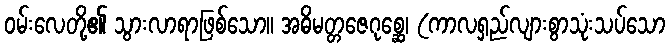
ဝမ်းလေတို့၏ သွားလာရာဖြစ်သော။ အဓိမတ္တဇေဂုစ္ဆေ၊ (ကာလရှည်လျားစွာသုံးသပ်သော